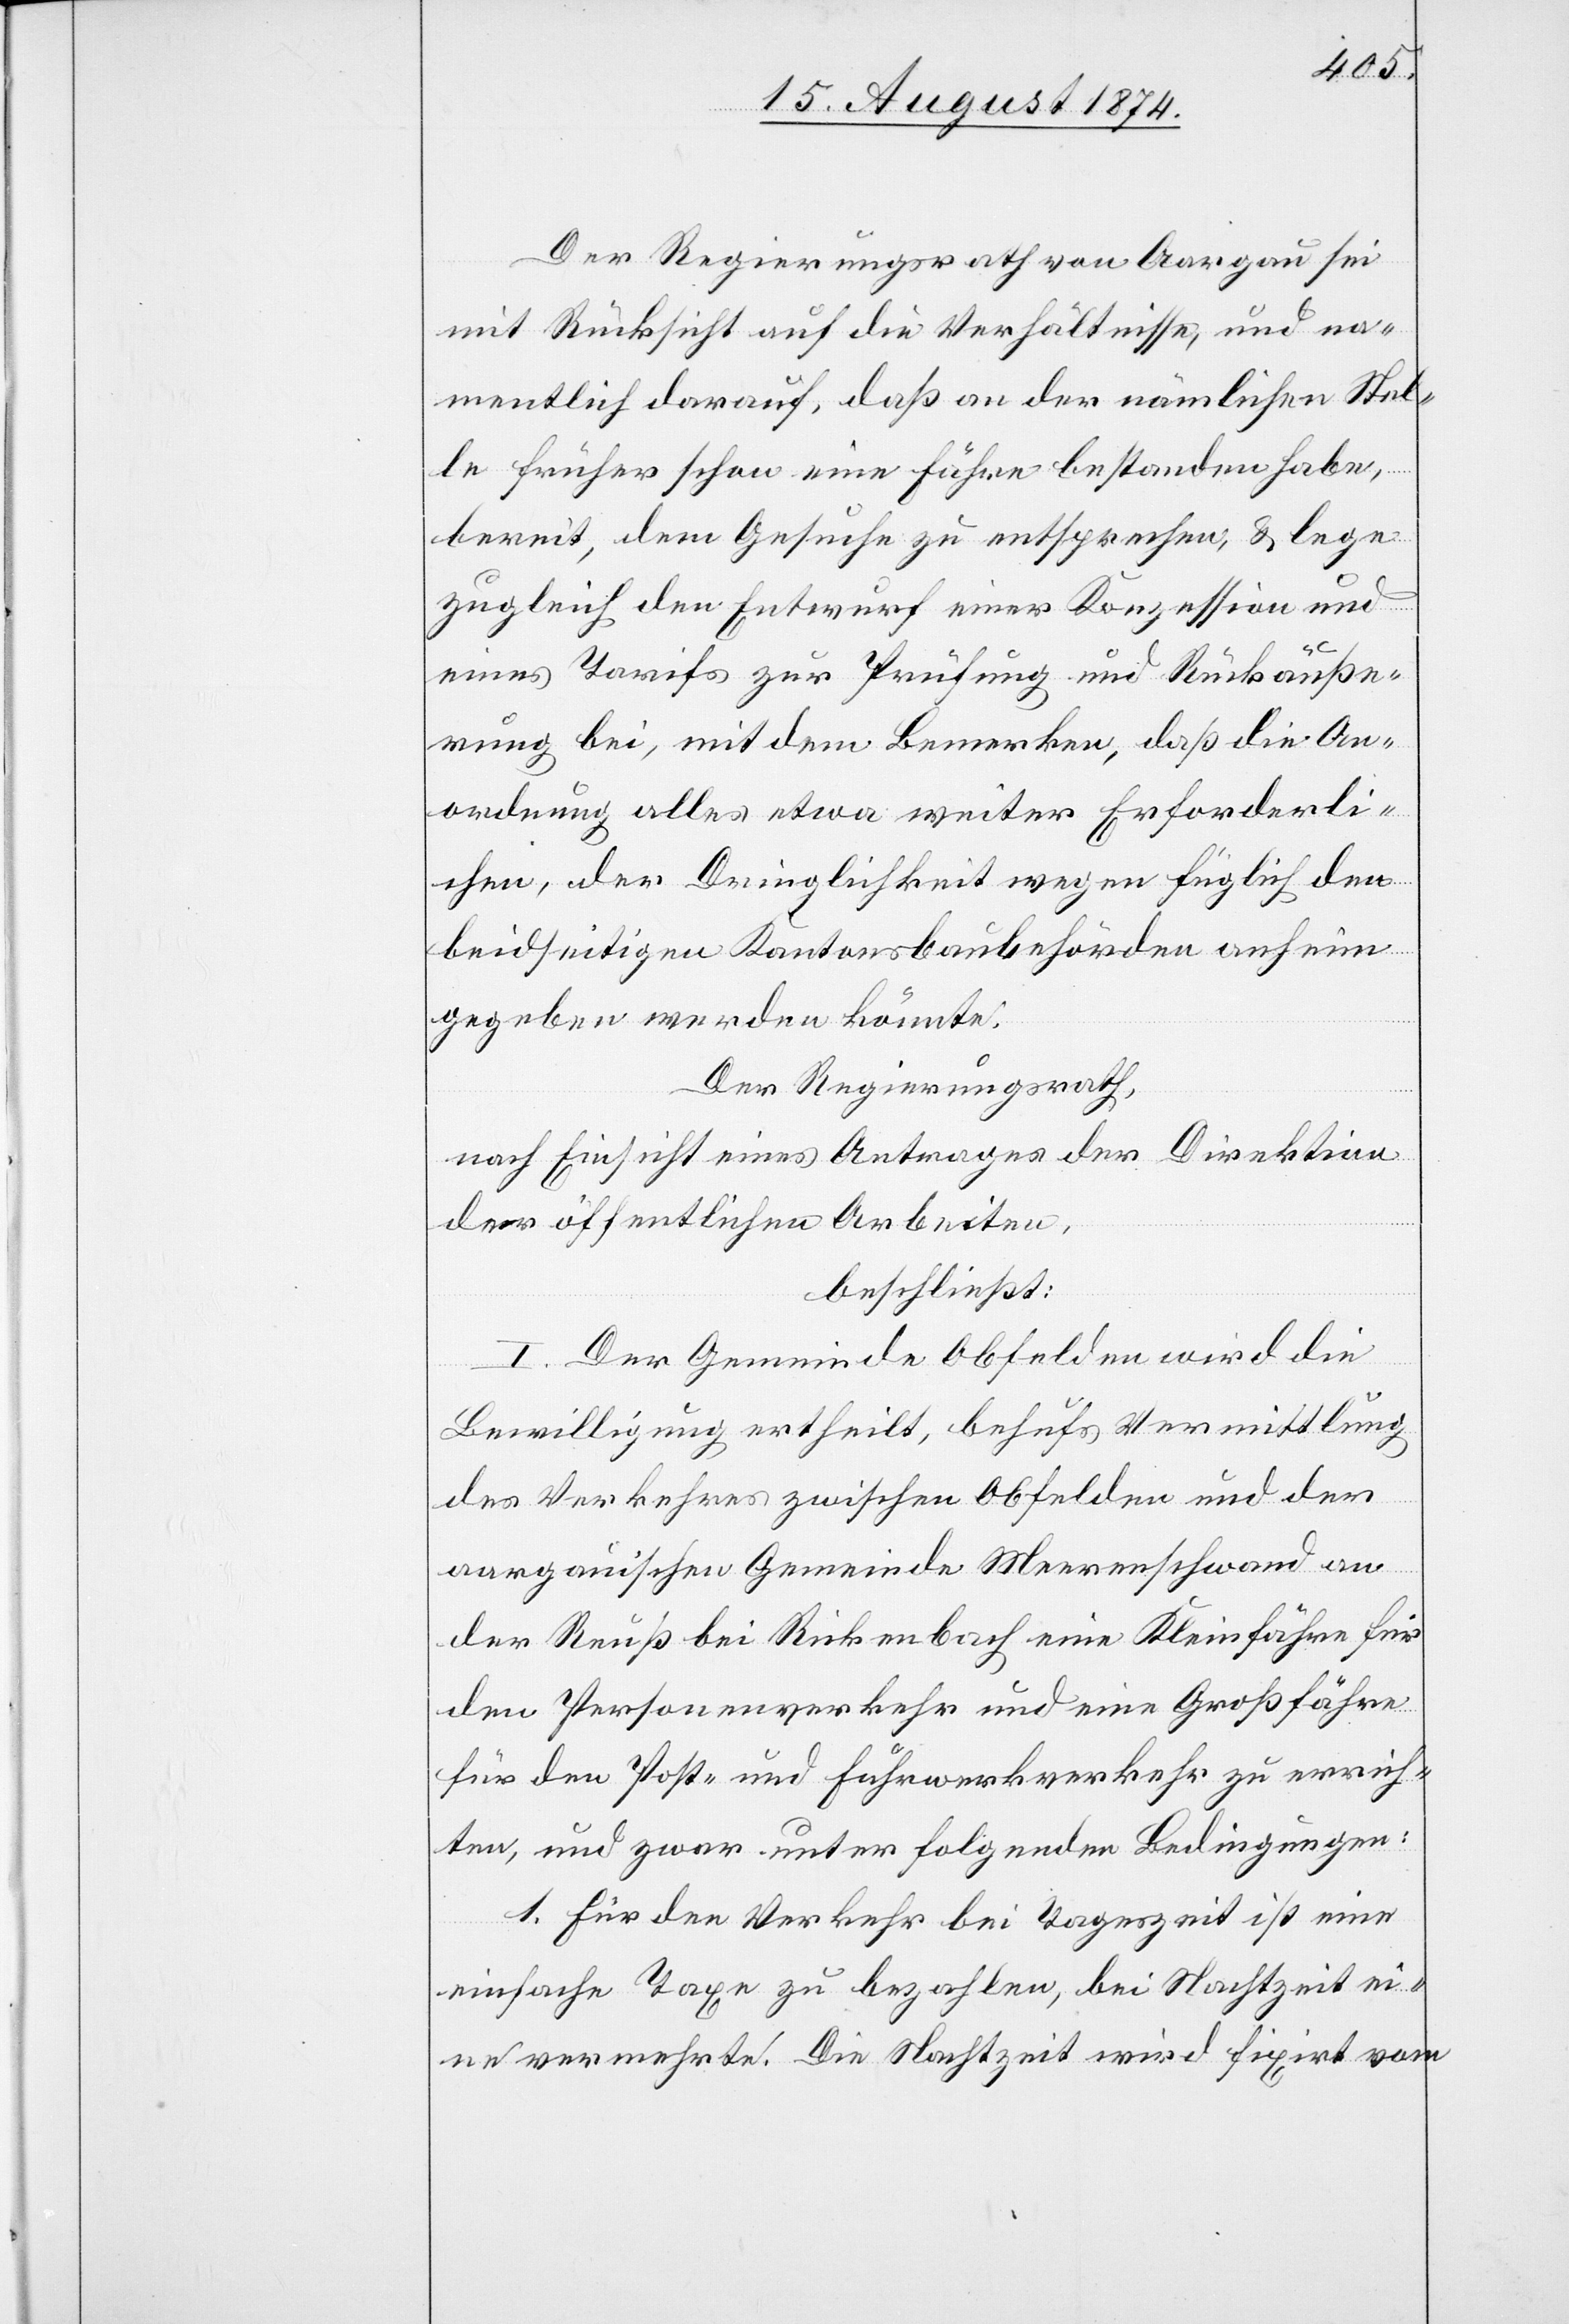
Der Regierungsrath von Aargau sei
mit Rücksicht auf die Verhältnisse, und na¬
mentlich darauf, daß an der nämlichen Stel¬
le früher schon eine Fähre bestanden habe,
bereit, dem Gesuche zu entsprechen, u. lege
zugleich den Entwurf einer Konzession und
eines Tarifs zur Prüfung und Rückäuße¬
rung bei, mit dem Bemerken, daß die An¬
ordnung alles etwa weiter Erforderli¬
chen, der Dringlichkeit wegen füglich den
beidseitigen Kantonsbaubehörden anheim
gegeben werden könnte.
Der Regierungsrath,
nach Einsicht eines Antrages der Direktion
der öffentlichen Arbeiten,
beschließt:
I. Der Gemeinde Obfelden wird die
Bewilligung ertheilt, behufs Vermittlung
des Verkehres zwischen Obfelden und der
aargauischen Gemeinde Merenschwand an
der Reuß bei Rickenbach eine Kleinfähre für
den Personenverkehr und eine Großfähre
für den Post- und Fährwerkverkehr zu errich¬
ten, und zwar unter folgenden Bedingungen:
1. Für den Verkehr bei Tageszeit ist eine
einfache Taxe zu bezahlen, bei Nachtzeit ei¬
ne vermehrte. Die Nachtzeit wird fixirt vom